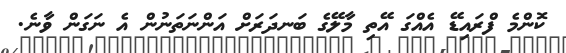
ކޮންމެ ފްރައިޑޭ އެއްގަ އޭތި މާލޭގެ ބަނދަރަށް އަންނަތަނުން އެ ނަގަން ވާނެ.